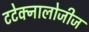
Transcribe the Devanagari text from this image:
टटेक्नालोजीज